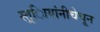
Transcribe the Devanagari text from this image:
स्त्र्िायांनीचेचून